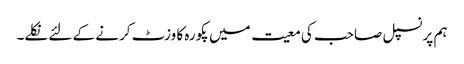
ہم پرنسپل صاحب کی معیت میں پکورہ کا وزٹ کرنے کے لئے نکلے۔